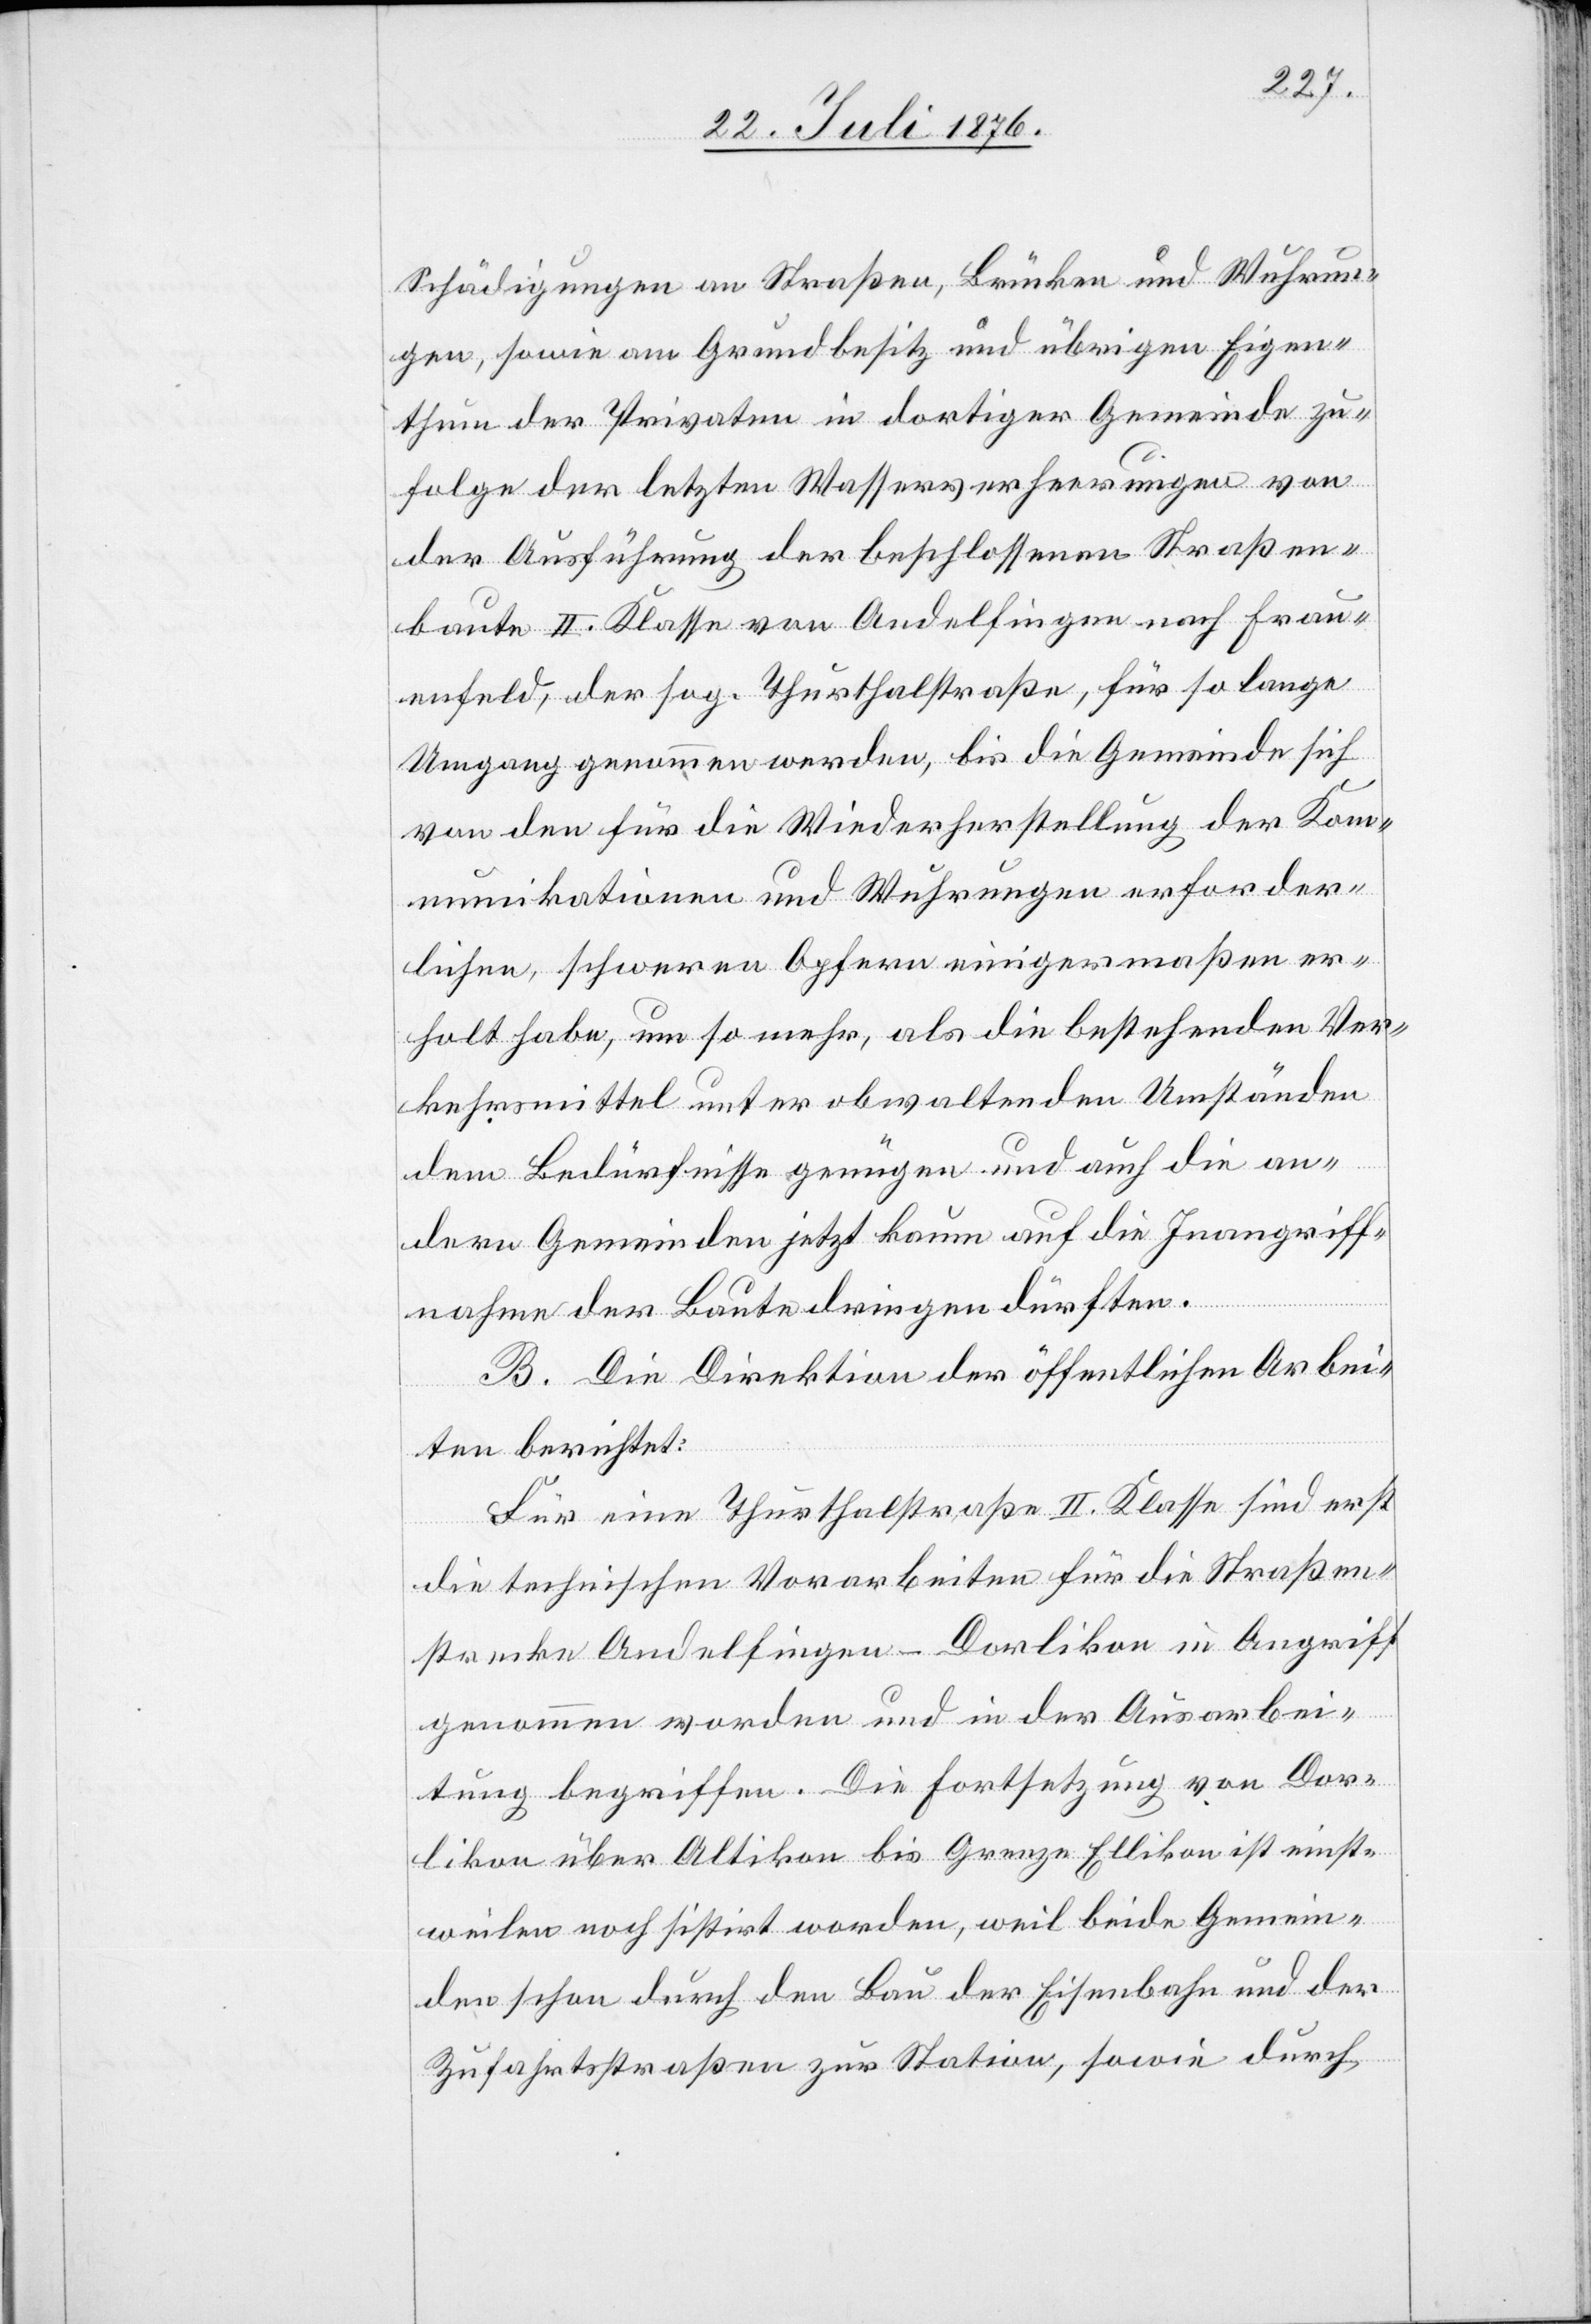
Schädigungen an Straßen, Brücken und Wuhrun¬
gen, sowie am Grundbesitz und übrigen Eigen¬
thum der Privaten in dortiger Gemeinde zu¬
folge der letzten Wasserverheerungen von
der Ausführung der beschlossenen Straßen¬
baute II. Klasse von Andelfingen nach Frau¬
enfeld, der sog. Thurthalstraße, für so lange
Umgang genommen werden, bis die Gemeinde sich
von den für die Wiederherstellung der Kom¬
munikationen und Wuhrungen erforder¬
lichen, schweren Opfern einigermaßen er¬
holt habe, um so mehr, als die bestehenden Ver¬
kehrsmittel unter obwaltenden Umständen
dem Bedürfnisse genügen und auch die an¬
dern Gemeinden jetzt kaum auf die Inangriff¬
nahme der Baute dringen dürften.
B. Die Direktion der öffentlichen Arbei¬
ten berichtet:
Für eine Thurthalstraße II. Klasse sind erst
die technischen Vorarbeiten für die Straßen¬
strecke Andelfingen–Dorlikon in Angriff
genommen worden und in der Ausarbei¬
tung begriffen. Die Fortsetzung von Dor¬
likon über Altikon bis Grenze Ellikon ist einst¬
weilen noch sistirt worden, weil beide Gemein¬
den schon durch den Bau der Eisenbahn und der
Zufahrtsstraßen zur Station, sowie durch